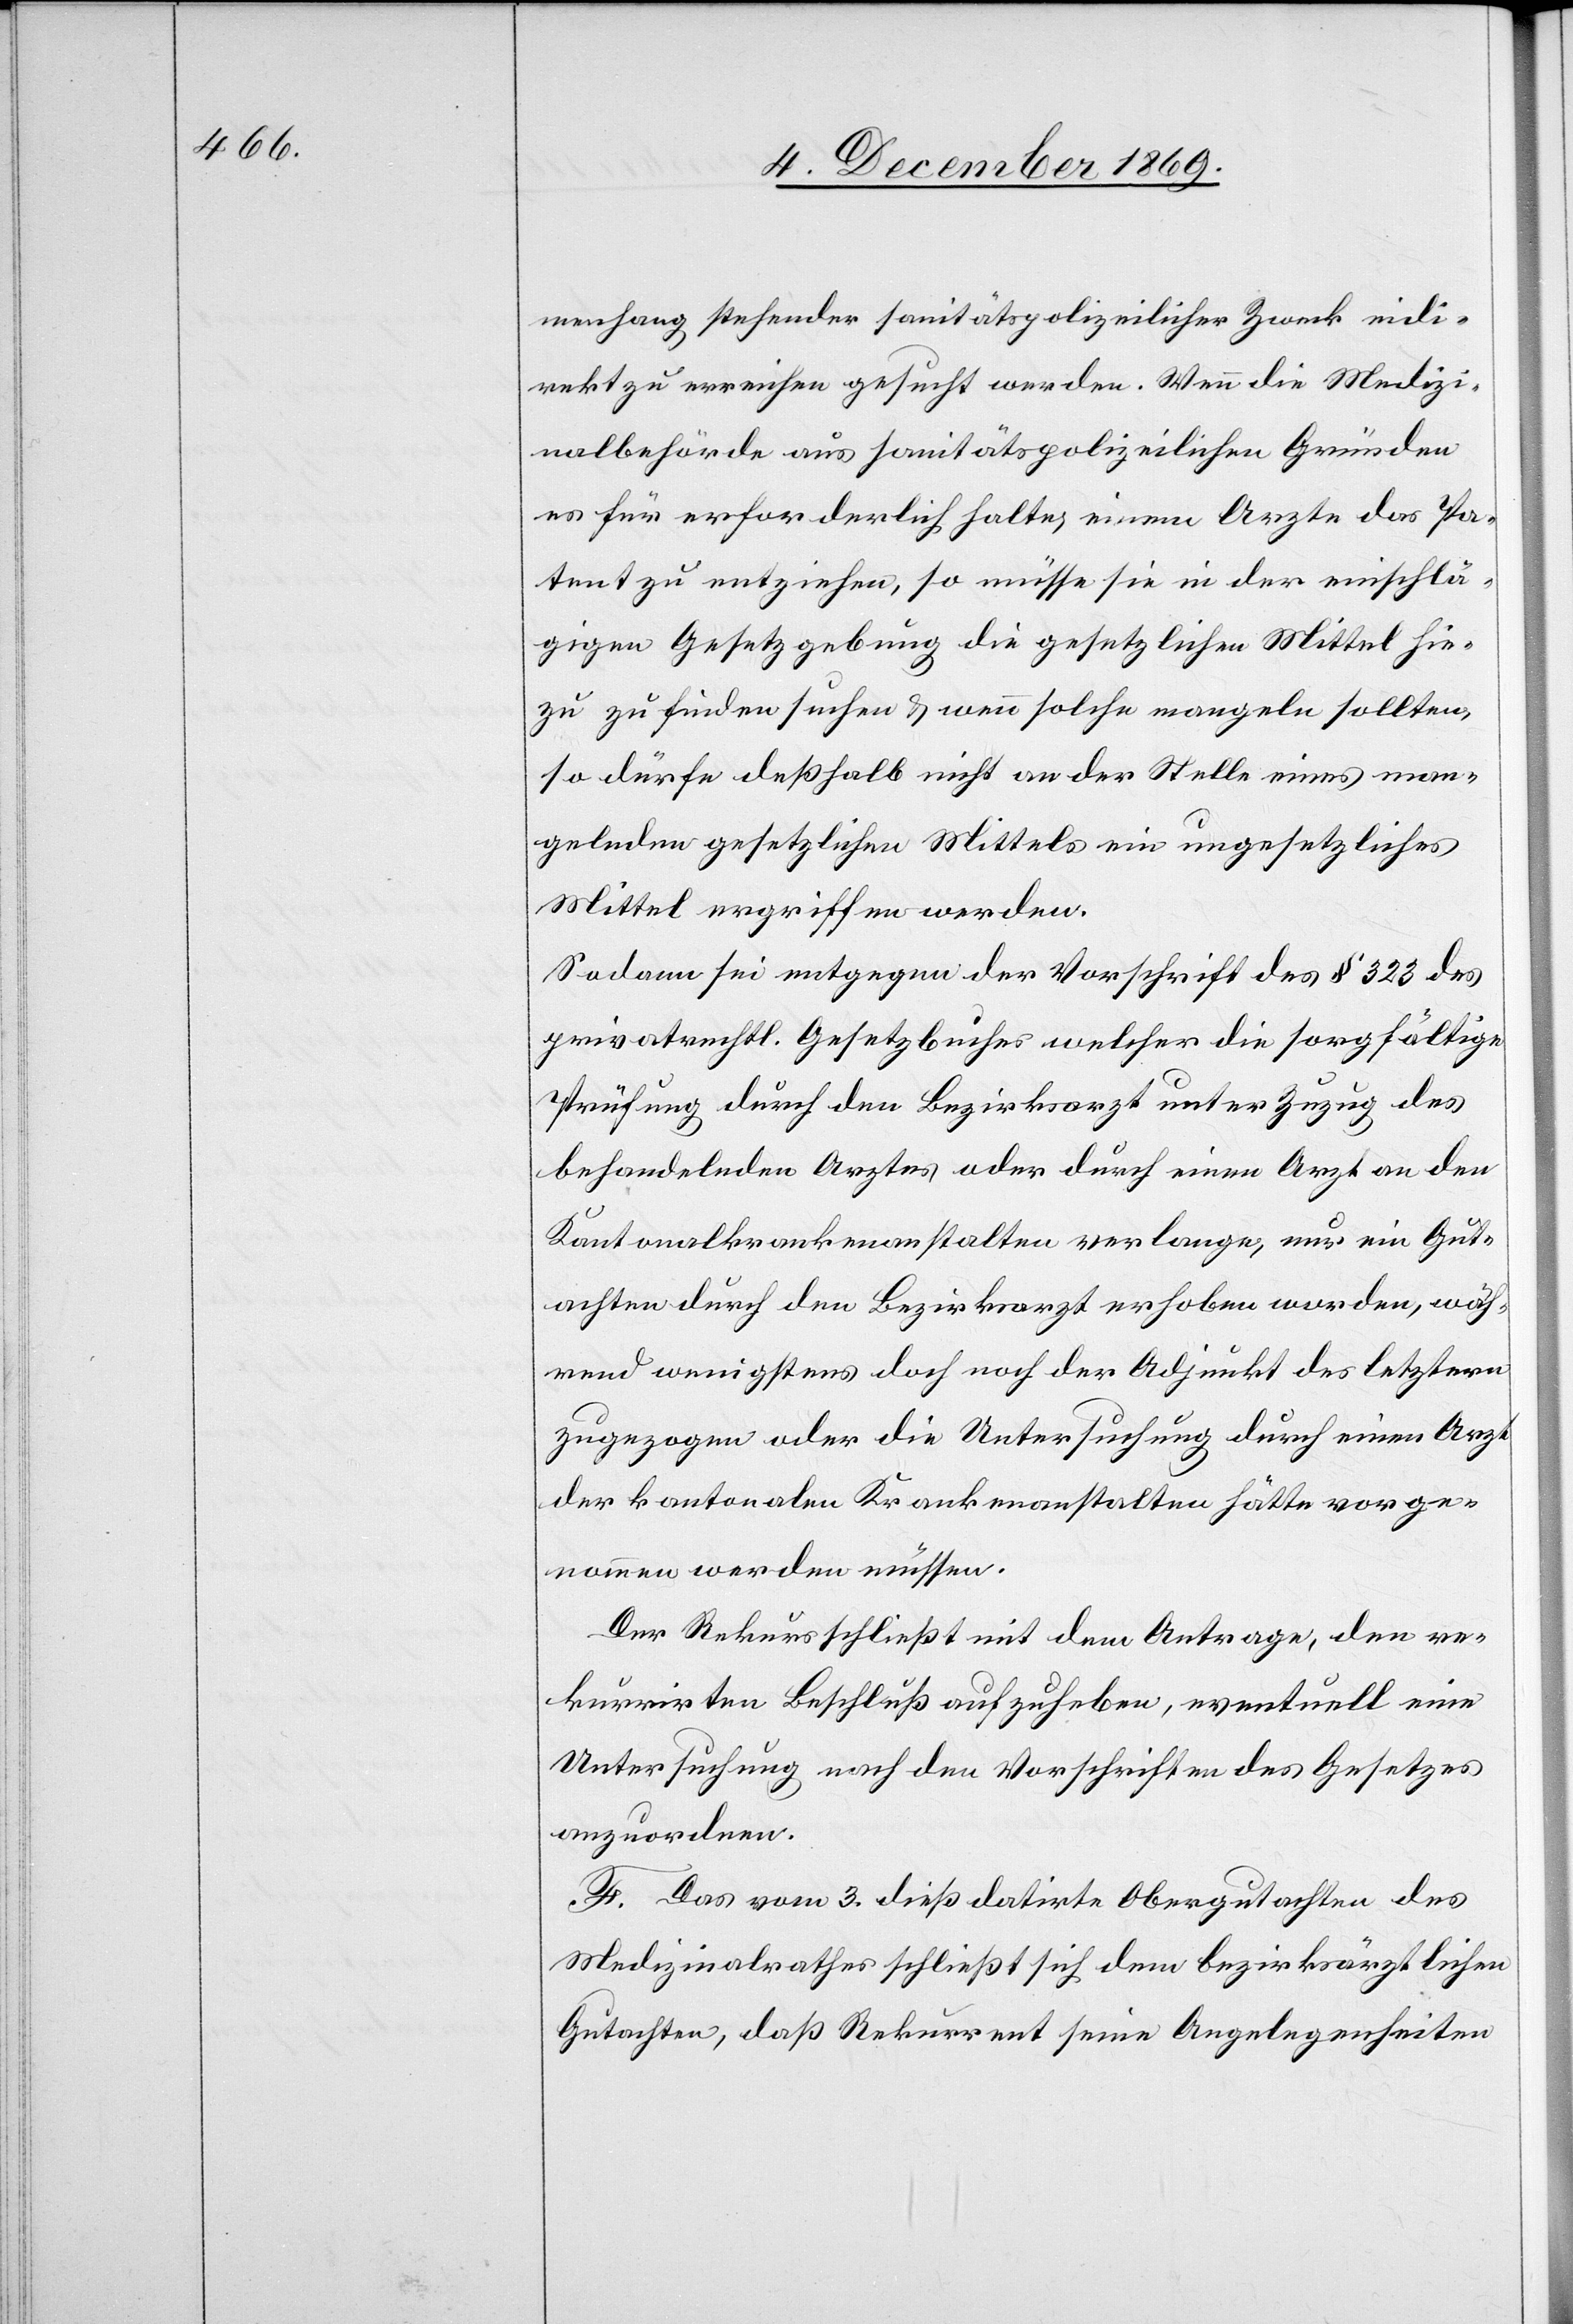
menhang stehender sanitätspolizeilicher Zweck indi¬
rekt zu erreichen gesucht werden. Wenn die Medizi¬
nalbehörde aus sanitätspolizeilichen Gründen
es für erforderlich halte, einem Arzte das Pa¬
tent zu entziehen, so müsse sie in der einschlä¬
gigen Gesetzgebung die gesetzlichen Mittel hie¬
zu zu finden suchen & wenn solche mangeln sollten,
so dürfe deßhalb nicht an der Stelle eines man¬
gelnden gesetzlichen Mittels ein ungesetzliches
Mittel ergriffen werden.
Sodann sei entgegen der Vorschrift des § 323 des
privatrechtl. Gesetzbuches welcher die sorgfältige
Prüfung durch den Bezirksarzt unter Zuzug des
behandelnden Arztes oder durch einen Arzt an den
Kantonalkrankenanstalten verlange, nur ein Gut¬
achten durch den Bezirksarzt erhoben worden, wäh¬
rend wenigstens doch noch der Adjunkt des letztern
zugezogen oder die Untersuchung durch einen Arzt
der kantonalen Krankenanstalten hätte vorge¬
nommen werden müssen.
Der Rekurs schließt mit dem Antrage, den re¬
kurrirten Beschluß aufzuheben, eventuell eine
Untersuchung nach den Vorschriften des Gesetzes
anzuordnen.
F. Das vom 3. dieß datirte Obergutachten des
Medizinalrathes schließt sich dem bezirksärztlichen
Gutachten, daß Rekurrent seine Angelegenheiten